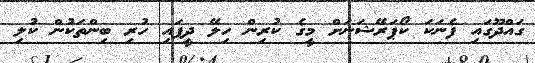
ގައްދޫގައި ފެނަކަ ކޯޕަރޭޝަނަށް މީގެ ކުރިން ހިލޭ ދީފައި ހުރި ބިންތަކުން ކުލި